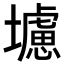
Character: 𭐁